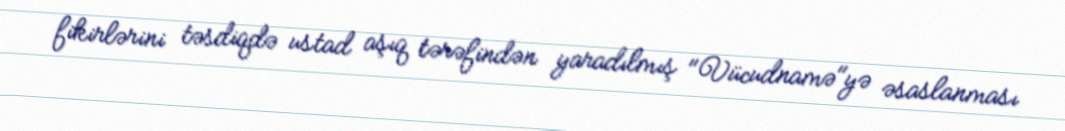
fikirlərini təsdiqdə ustad aşıq tərəfindən yaradılmış "Vücudnamə"yə əsaslanması